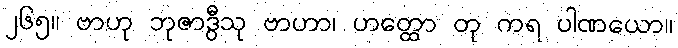
၂၆၅။ ဗာဟု ဘုဇာဒွီသု ဗာဟာ၊ ဟတ္ထော တု ကရ ပါဏယော။